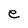
Character: e